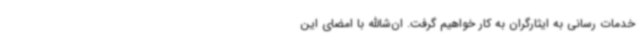
خدمات رسانی به ایثارگران به کار خواهیم گرفت. ان‌شاالله با امضای این